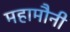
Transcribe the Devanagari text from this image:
महामौनी